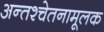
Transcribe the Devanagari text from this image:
अन्तश्चेतनामूलक